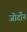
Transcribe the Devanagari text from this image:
जोर्दोन